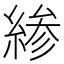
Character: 𫃰